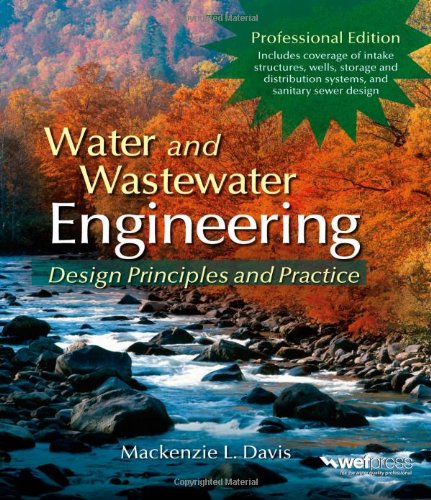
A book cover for Water and Wastewater Engineering; Mackenzie Davis; Science & Math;